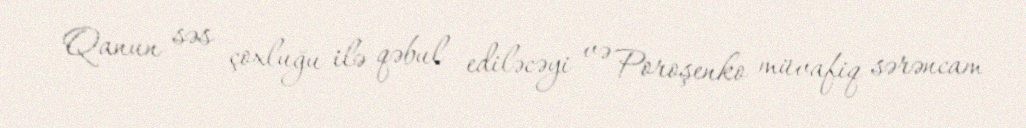
Qanun səs çoxluğu ilə qəbul ediləcəyi və Poroşenko müvafiq sərəncam